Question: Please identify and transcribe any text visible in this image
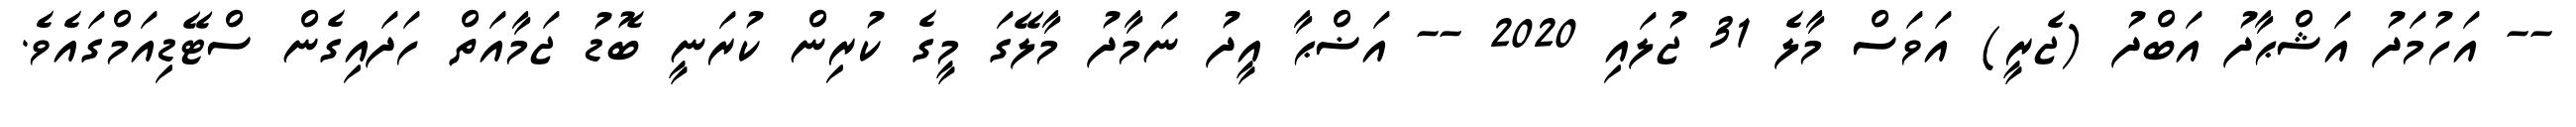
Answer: -- އަހުމަދު އަޝްޙާދު އަބްދު (ޖެރީ) އަވަސް މާލެ 31 ޖުލައި 2020 -- އަޟްޙާ އީދު ނަމާދު މާލޭގަ މީގެ ކުރިން ކުރަނީ ބޮޑު ޖަމާއަތް ހަދައިގެން ސްޓޭޑިއަމްގައެވެ.